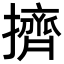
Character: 擠